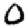
Digit: 0